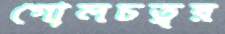
গোলচত্বর